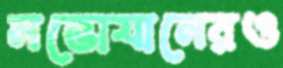
নভোযানেরও